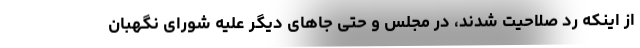
از اینکه رد صلاحیت شدند، در مجلس و حتی جا‌های دیگر علیه شورای نگهبان